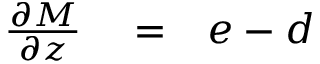
\begin{array} { r l r } { \frac { \partial M } { \partial z } } & { { } = } & { e - d } \end{array}